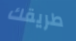
طريقك